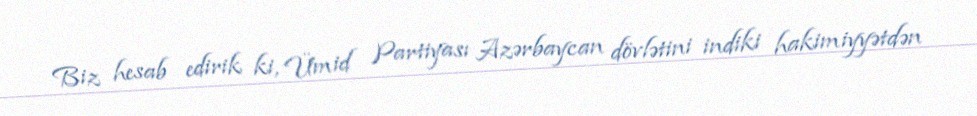
Biz hesab edirik ki, Ümid Partiyası Azərbaycan dövlətini indiki hakimiyyətdən